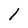
Character: 1